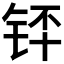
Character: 𬭃